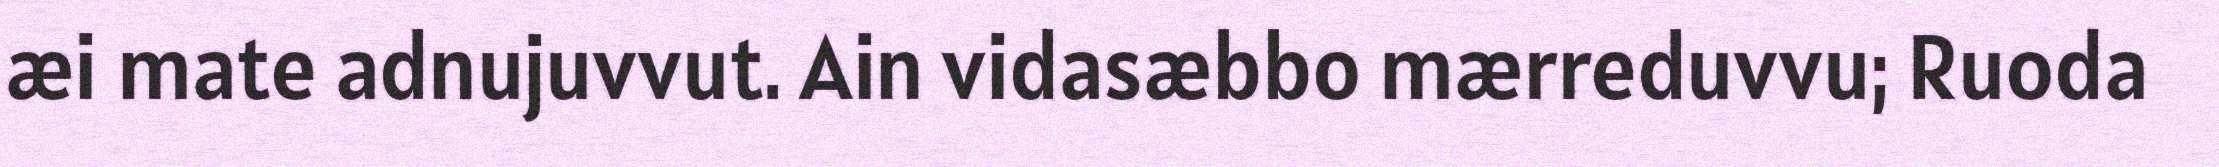
æi mate adnujuvvut. Ain vidasæbbo mærreduvvu; Ruoda